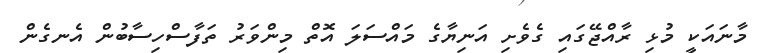
މާނައަކީ މުޅި ރާއްޖޭގައި ގެވެށި އަނިޔާގެ މައްސަލަ އޮތް މިންވަރު ތަފާސްހިސާބުން އެނގެން